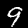
Digit: 9